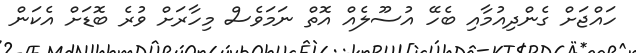
ހައްޖަށް ގެންދިއުމާއި ބެހޭ އުސޫލެއް އޮތް ނަމަވެސް މިހާރަށް ވުރެ ބޮޑަށް އެކަން